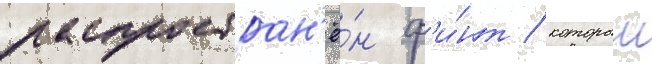
распростран'ё́н ф'и́нт / которыи